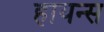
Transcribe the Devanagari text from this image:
हायन्स